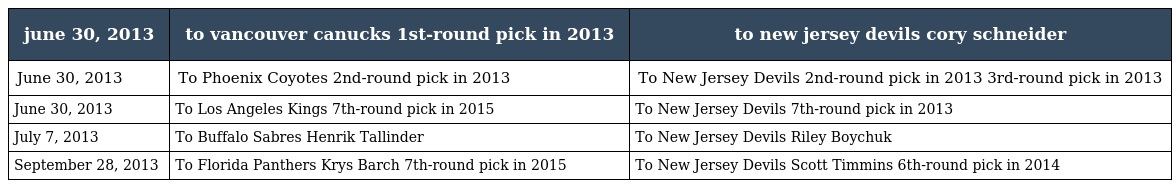
| june 30, 2013 | to vancouver canucks 1st-round pick in 2013 | to new jersey devils cory schneider |
 | --- | --- | --- |
 | June 30, 2013 | To Phoenix Coyotes 2nd-round pick in 2013 | To New Jersey Devils 2nd-round pick in 2013 3rd-round pick in 2013 |
 | June 30, 2013 | To Los Angeles Kings 7th-round pick in 2015 | To New Jersey Devils 7th-round pick in 2013 |
 | July 7, 2013 | To Buffalo Sabres Henrik Tallinder | To New Jersey Devils Riley Boychuk |
 | September 28, 2013 | To Florida Panthers Krys Barch 7th-round pick in 2015 | To New Jersey Devils Scott Timmins 6th-round pick in 2014 |